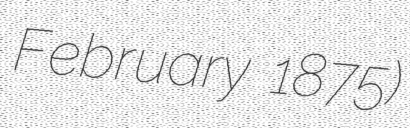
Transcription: February 1875)